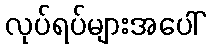
လုပ်ရပ်များအပေါ်